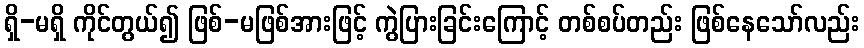
ရှိ-မရှိ ကိုင်တွယ်၍ ဖြစ်-မဖြစ်အားဖြင့် ကွဲပြားခြင်းကြောင့် တစ်စပ်တည်း ဖြစ်နေသော်လည်း